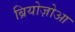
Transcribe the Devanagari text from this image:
ब्रियोज़ोआ